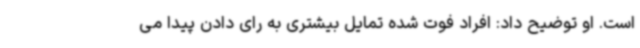
است. او توضیح داد: افراد فوت شده تمایل بیشتری به رای دادن پیدا می